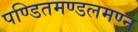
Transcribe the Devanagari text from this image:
पण्डितमण्डलमण्न